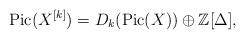
LaTeX: \begin{align*} {\rm Pic} (X^{[k]}) = D_k({\rm Pic} (X)) \oplus \mathbb{Z} [\Delta],\end{align*}